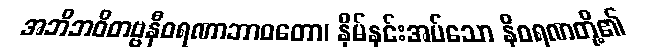
အဘိဘဝိတဗ္ဗနီဝရဏာဘာဝတော၊ နှိမ်နင်းအပ်သော နီဝရဏတို့၏